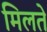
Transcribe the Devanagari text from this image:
मिलते